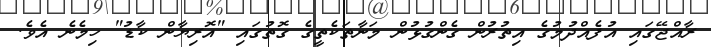
ރާއްޖޭގައި އުފެއްދުމުގެ އިތުރުން ގެންގުޅުން މަނާތަކެތީގެ ގޮތުގައި "އޮރިޔާން ކާޑު" ހިމެނެ އެވެ.